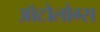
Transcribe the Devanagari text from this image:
ऑटोलोग्स